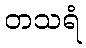
တသရံ